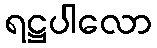
ရဋ္ဌပါလော